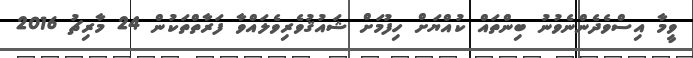
ވީމާ އިސްވެދެންނެވުނު ބިންތައް ކުއްޔަށް ހިފުމަށް ޝައުޤުވެރިވެލައްވާ ފަރާތްތަކުން 24 މާރިޗު 2016